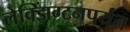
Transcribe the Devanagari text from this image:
लेक्झिंग्टनपर्यंत